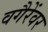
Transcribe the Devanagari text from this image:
वगैरेंवर